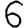
Digit: 6